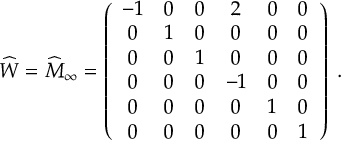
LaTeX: \widehat { W } = { \widehat M } _ { \infty } = \left( \begin{array} { c c c c c c } { { - 1 } } & { { 0 } } & { { 0 } } & { { 2 } } & { { 0 } } & { { 0 } } \\ { { 0 } } & { { 1 } } & { { 0 } } & { { 0 } } & { { 0 } } & { { 0 } } \\ { { 0 } } & { { 0 } } & { { 1 } } & { { 0 } } & { { 0 } } & { { 0 } } \\ { { 0 } } & { { 0 } } & { { 0 } } & { { - 1 } } & { { 0 } } & { { 0 } } \\ { { 0 } } & { { 0 } } & { { 0 } } & { { 0 } } & { { 1 } } & { { 0 } } \\ { { 0 } } & { { 0 } } & { { 0 } } & { { 0 } } & { { 0 } } & { { 1 } } \end{array} \right) \; .